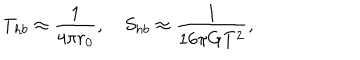
T _ { h b } \approx { \frac { 1 } { 4 \pi r _ { 0 } } } , \quad S _ { h b } \approx { \frac { 1 } { 1 6 \pi G T ^ { 2 } } } ,